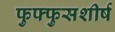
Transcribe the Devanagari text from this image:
फुफ्फुसशीर्ष